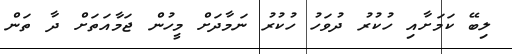
ލިބޭ ކަމަށާއި ހުކުރު ދުވަހު ހުކުރު ނަމާދަށް މީހުން ޖަމާއަތަށް ދާ ތަން